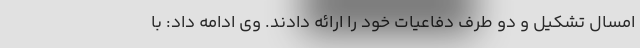
امسال تشکیل و دو طرف دفاعیات خود را ارائه دادند. وی ادامه داد: با